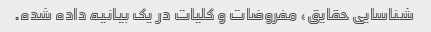
شناسایی حقایق، مفروضات و کلیات در یک بیانیه داده شده.